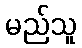
မည်သူ